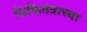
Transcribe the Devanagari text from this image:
विकितंत्राच्या